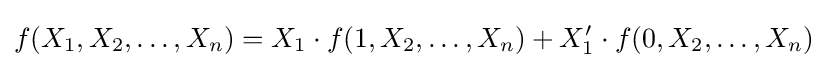
f(X_{1},X_{2},\dots ,X_{n})=X_{1}\cdot f(1,X_{2},\dots ,X_{n})+X_{1}'\cdot f(0,X_{2},\dots ,X_{n})